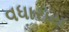
વધારાય